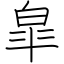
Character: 皐